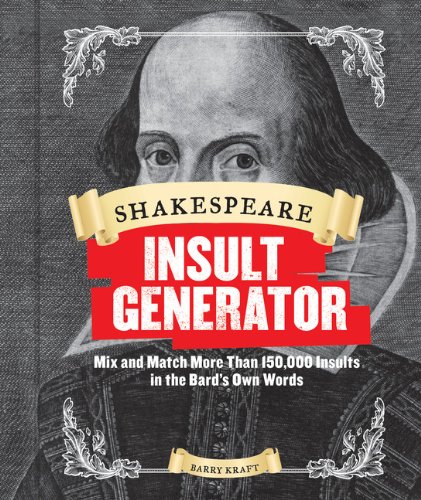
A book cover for Shakespeare Insult Generator: Mix and Match More than 150,000 Insults in the Bard's Own Words; Barry Kraft; Humor & Entertainment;